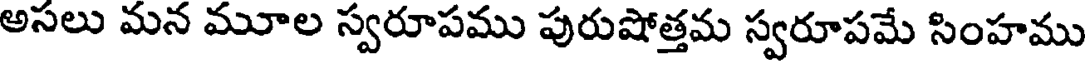
అసలు మన మూల స్వరూపము పురుషోత్తమ స్వరూపమే సింహము